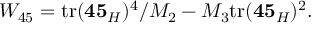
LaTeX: W _ { 4 5 } = \mathrm { t r } ( { \bf 4 5 } _ { H } ) ^ { 4 } / M _ { 2 } - M _ { 3 } \mathrm { t r } ( { \bf 4 5 } _ { H } ) ^ { 2 } .